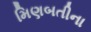
મિણબતીના